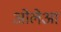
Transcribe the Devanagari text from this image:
ओलेआ